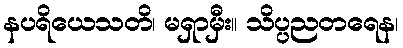
နပရိယေသတိ၊ မရှာမှီး။ သိပ္ပညတရေန၊